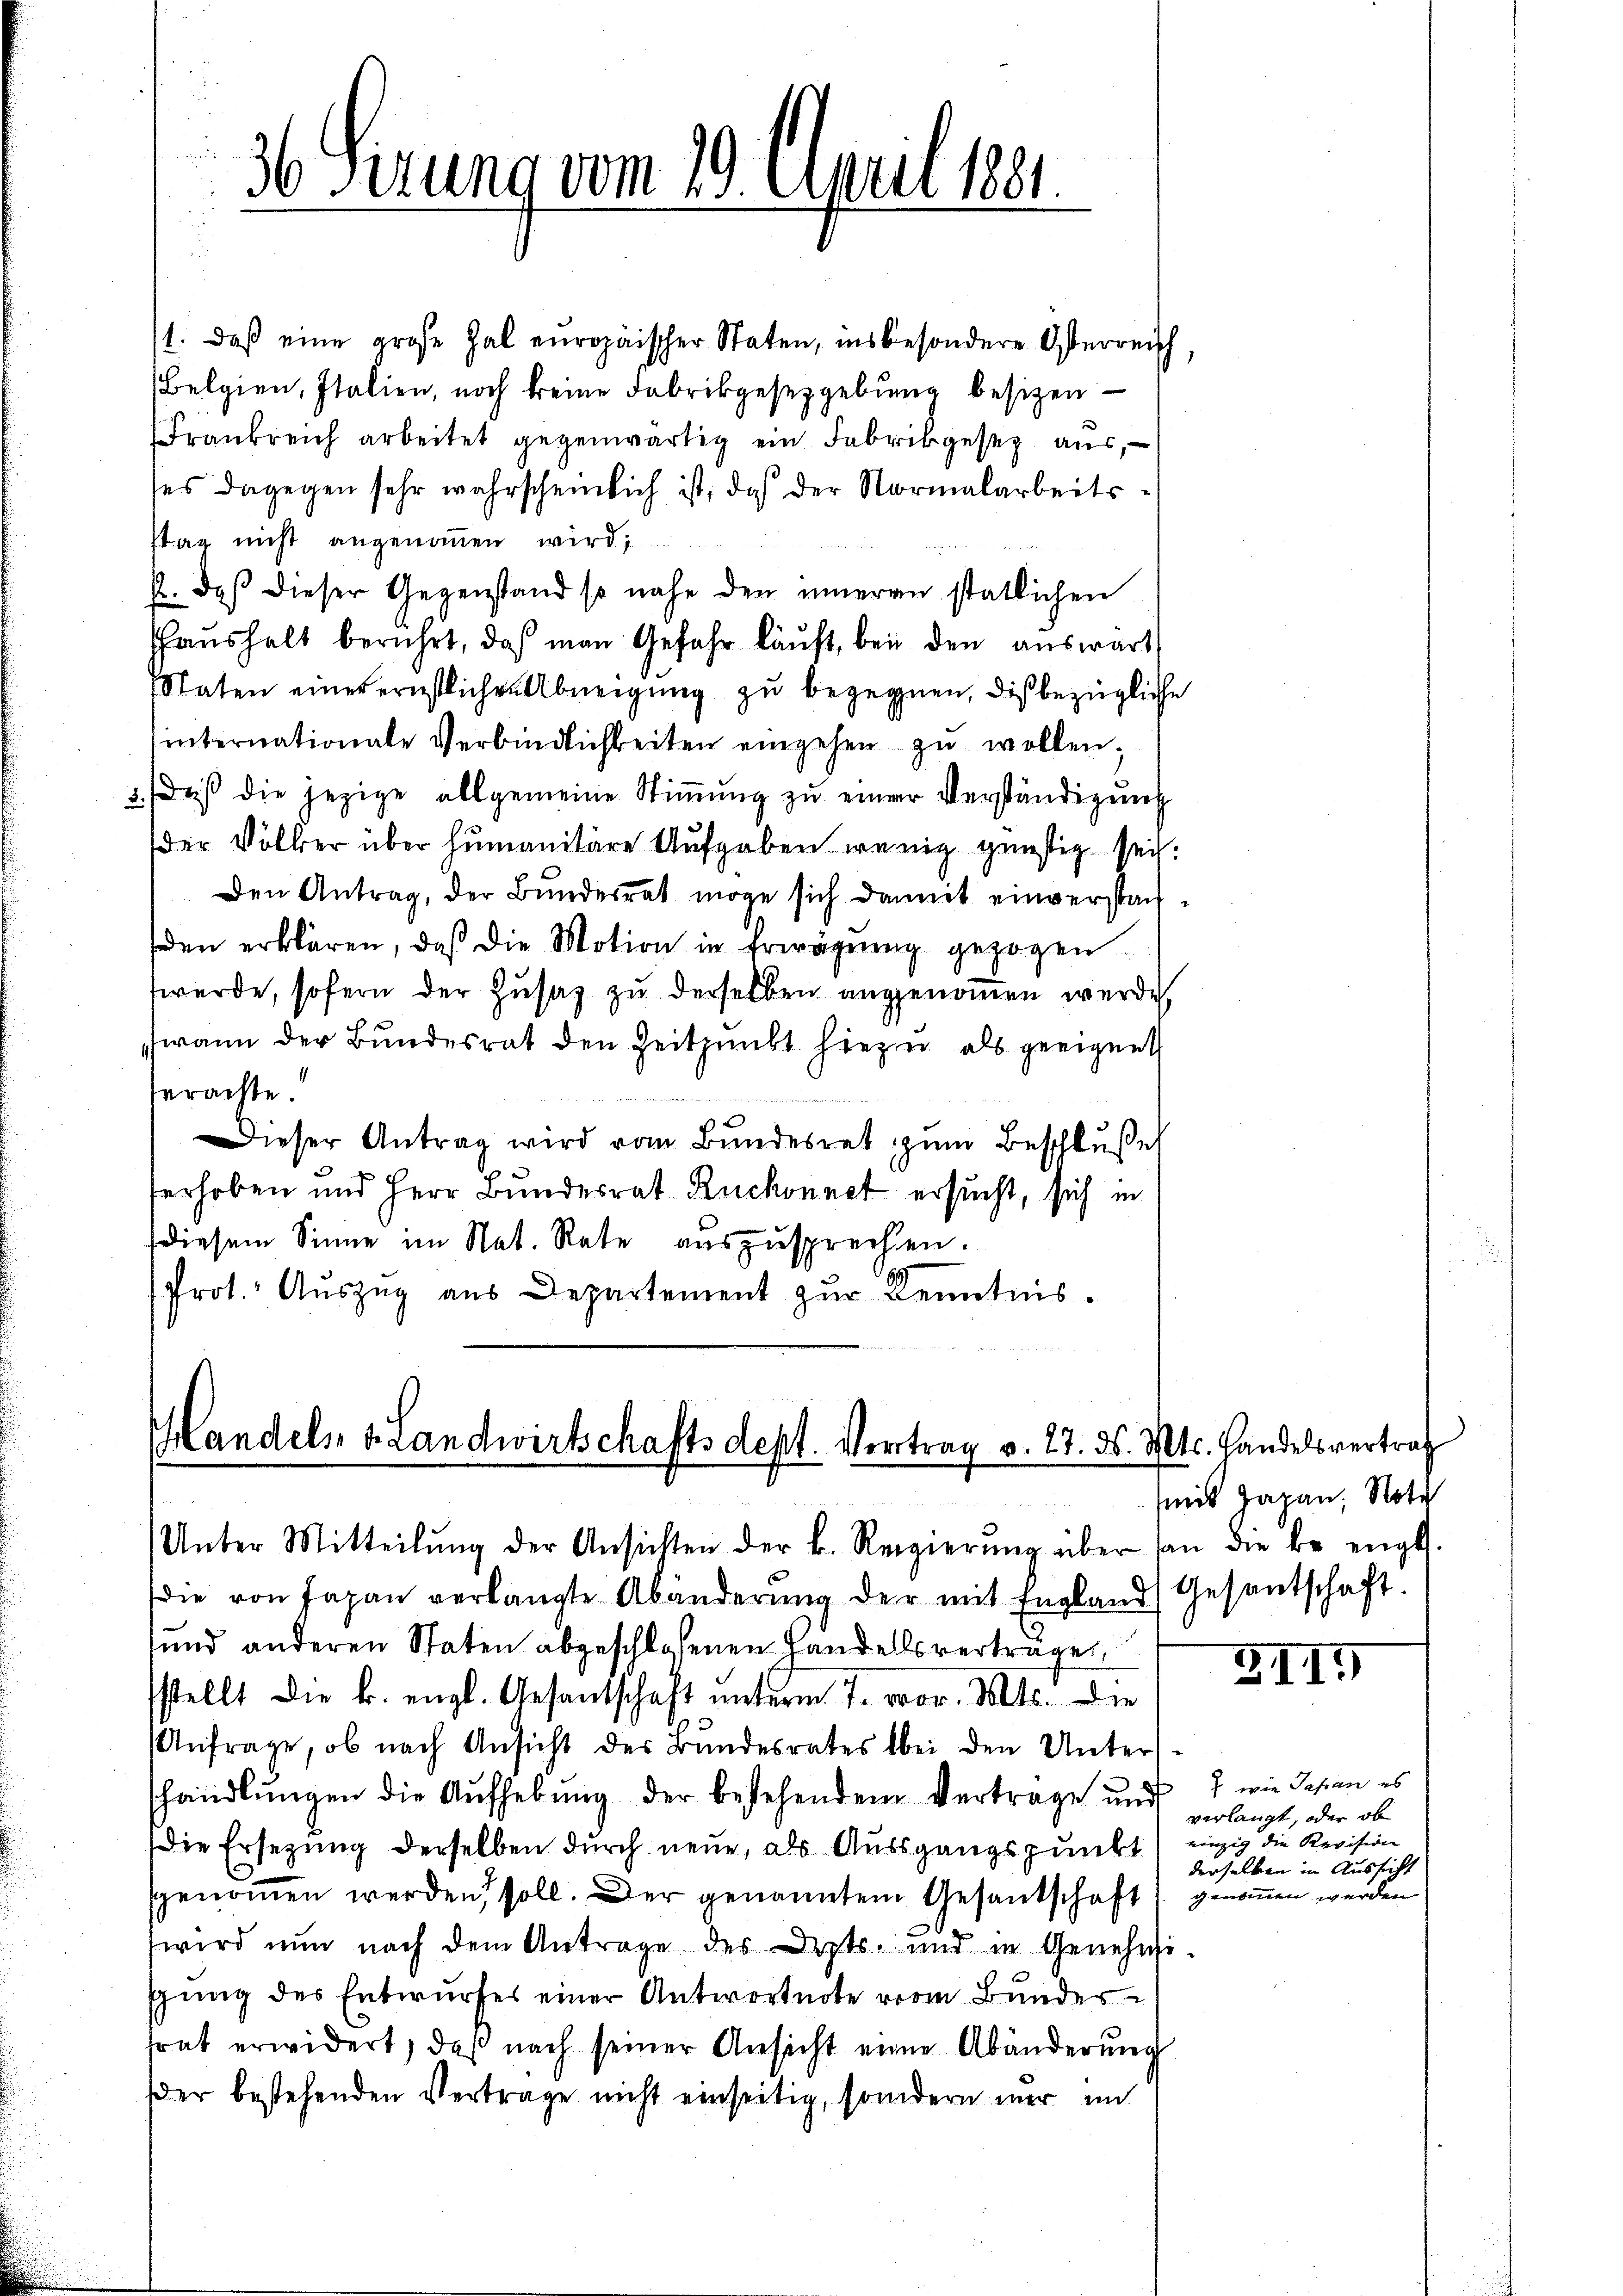
1. daß eine grose Hal europäischer Staten, insbesondere Osterreich,
Belgien, Italien, noch keine Fabrikgesetzgebung besizen
Frankreich arbeitet gegenwärtig ein Fabrikgesez aus,
ses dagegen sehr wahrscheinlich ist, daß der Normalarbeitsstag nicht angenommen wird;
p. daβ dieser Gegenstand so nahe den inneren statlichen
aŭshalt berührt, daß man Gefahr kaŭft, bei den auswärt
Staten einer ernstlichen Abneigung zu begegnen, dieß bezügliche
internationale Verbindlichkeiten eingehen zu wollen;
3.) Daß die jezige allgemeine Stiṁŭng zŭ einer Verständigung
der Völker über humanitäre Aufgaben wenig günstig sei.
Den Antrag, der Bundesrat möge sich damit einverstachden erklären, daß die Motion in Erwägung gezogen
wurde, sofern der Zusaz zu derselben angenommen werde
wann der Bundesrat den Zeitpunkt hiezu als geeignet
terachte
Dieser Antrag wird vom Bŭndesrat zŭm Beschlŭβe
serhoben und Herr Bundesrat Ruchonnet ersucht, sich in
diesem Sinne im Nat. Rate auszusprechen.
Prot. Auszug aus Departement zur Kenntnis.

Handels v. Landwirtschaftsdept. Vortrag v. 27. d. Mts. Handelsvertrag
Unter Mitteilŭng der Ansichten der k. Regierŭng über dan die beengt.

36 Sizung vom 19. April 1881.

die von Japan verlangte Abänderŭng der mit England Gesantschaft.
und anderen Staten abgeschlossenen Handelsverträge,
sstellt die k. engl. Gesantschaft unterm 7. vor. Mts. die
Anfrage, ob nach Ansicht des Bundesrates bei den Unters-
shandlungen die Aufhebung der bestehendem Vertrage und
Die Ersezung derselben durch neue, als Aussgangspunkt) einzig die Revision
ggenommen werden soll. Der genanntem Gesantschaft genommen werden
wird nun nach dem Antrage des Depts- und in Genehmi-
sung des Entwurfes einer Antwortnote vom Bundessrat erwidert, daβ nach seiner Ansicht eine Abänderŭng
der bestehenden Vertrage nicht einseitig, sondern mir in

mit Japan, Nota

XIII

wie Japan es
verlangt, oder ob
derselben in Aussicht